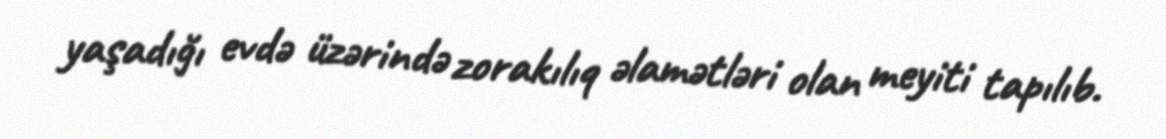
yaşadığı evdə üzərində zorakılıq əlamətləri olan meyiti tapılıb.